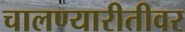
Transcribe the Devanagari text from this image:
चालण्यारीतीवर